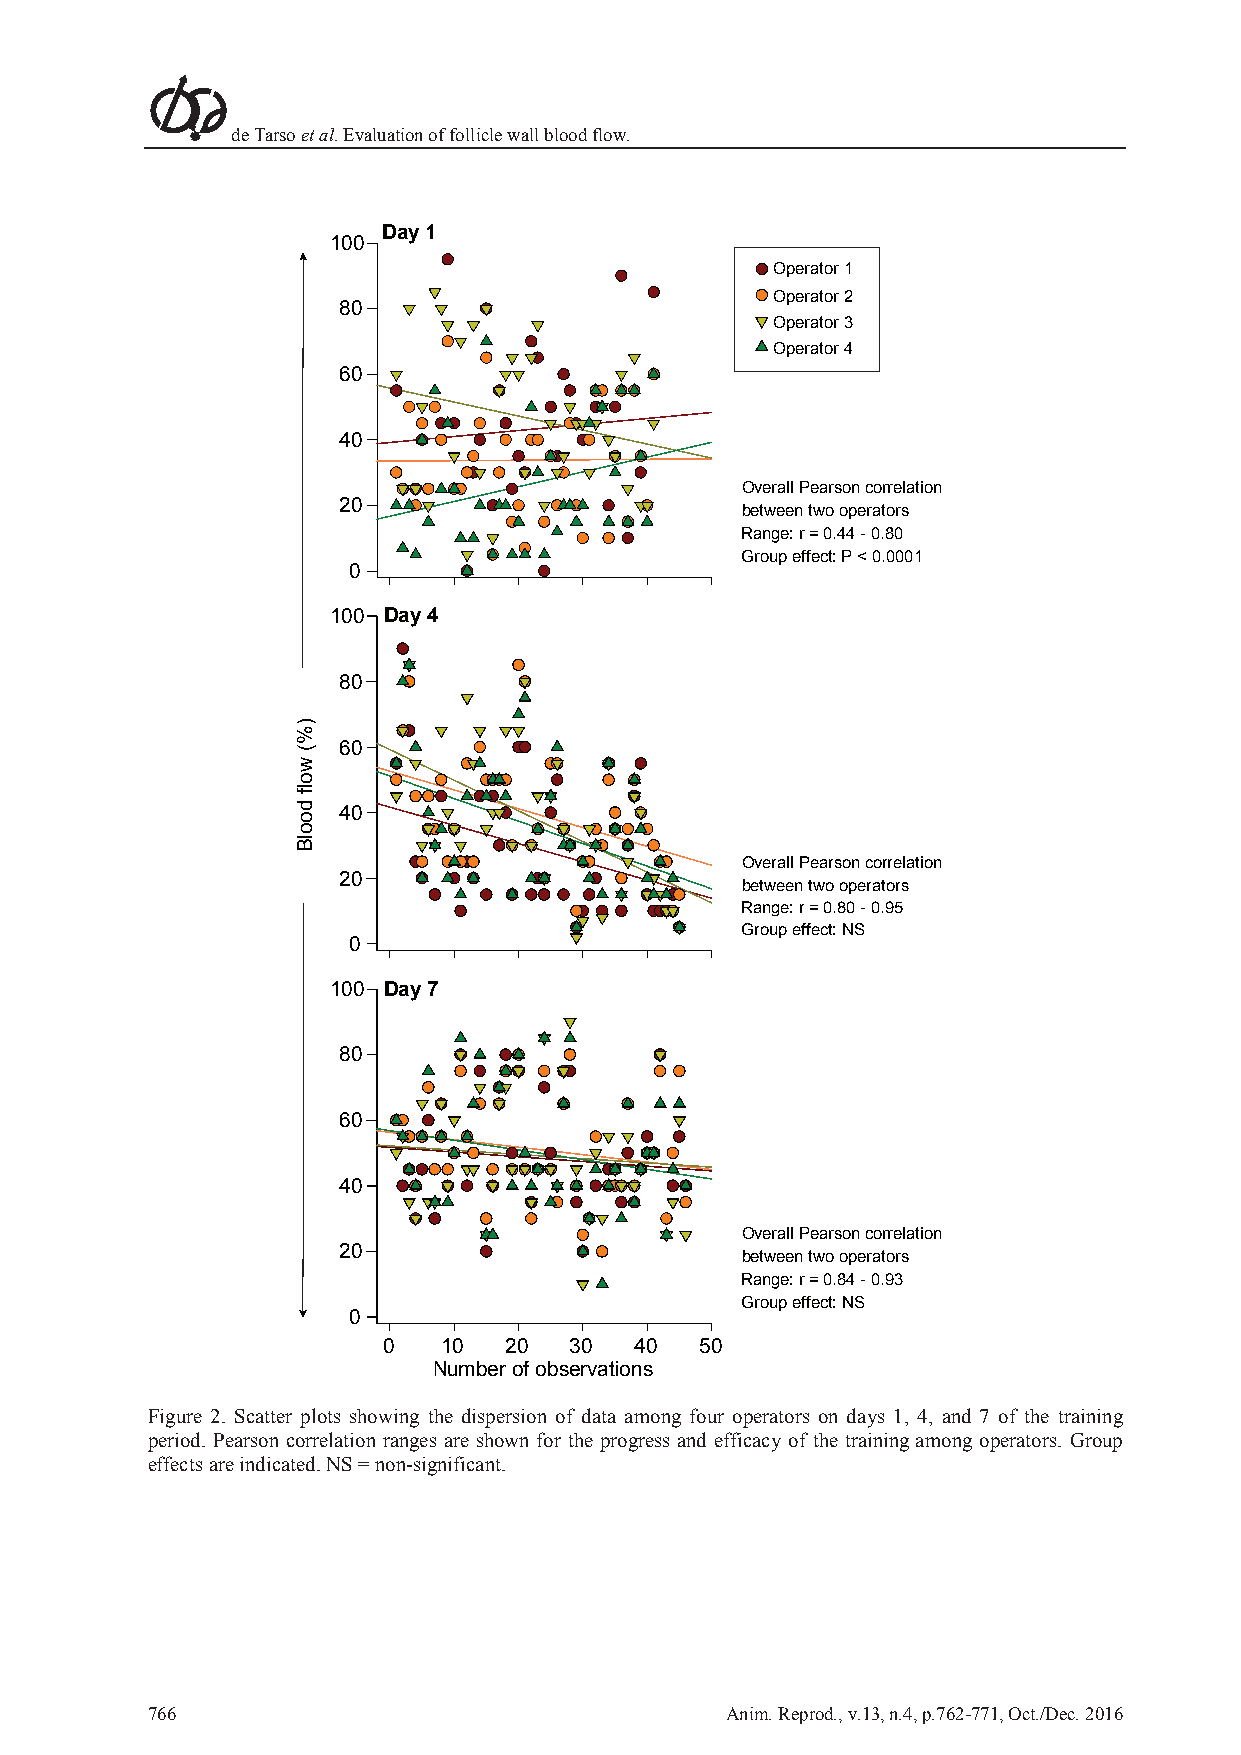
de Tarso et al. Evaluation of follicle wall blood flow.
 Day 1
 100
 Operator 1
 80
 Operator 2
 Operator 3
 Operator 4
 60
 40
 Overall Pearson correlation
 20
 between two operators
 Range: r = 0.44 - 0.80
 Group effect: P < 0.0001
 0
 100 Day 4
 80
 60
 40
 Overall Pearson correlation
 20
 between two operators
 Range: r = 0.80 - 0.95
 Group effect: NS
 0
 100 Day 7
 80
 60
 40
 Overall Pearson correlation
 20
 between two operators
 Range: r = 0.84 - 0.93
 Group effect: NS
 0
 0   10  20   30  40  50
 Number of observations
 Figure 2. Scatter plots showing the dispersion of data among four operators on days 1, 4, and 7 of the training
 period. Pearson correlation ranges are shown for the progress and efficacy of the training among operators. Group
 effects are indicated. NS = non-significant.
 766                                   Anim. Reprod., v.13, n.4, p.762-771, Oct./Dec. 2016
 )%(
 wolf
 doolB